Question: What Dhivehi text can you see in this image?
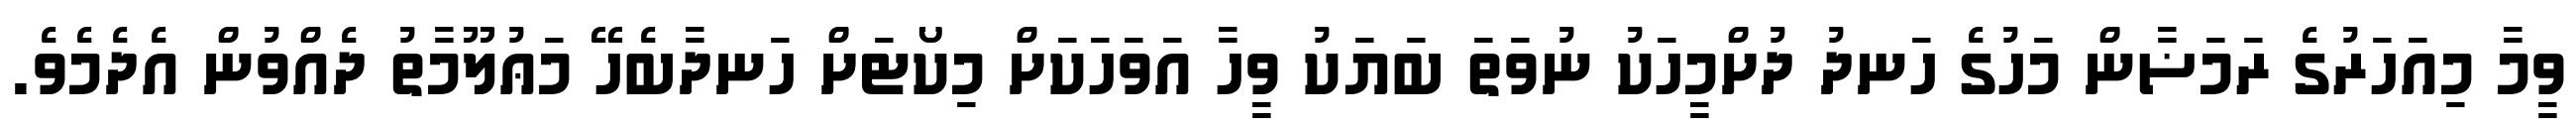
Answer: ވީމާ މިއަހަރުގެ ރަމަޟާން މަހުގެ ހަނދު ދުށްމީހަކު ނުވަތަ ބަޔަކު ވީހާ އަވަހަކަށް މިކޯޓަށް ހަނދާބެހޭ މަޢުލޫމާތު ދެއްވުން އެދެމެވެ.